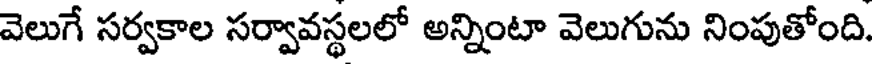
వెలుగే సర్వకాల సర్వావస్థలలో అన్నింటా వెలుగును నింపుతోంది.